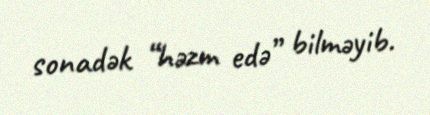
sonadək “həzm edə” bilməyib.